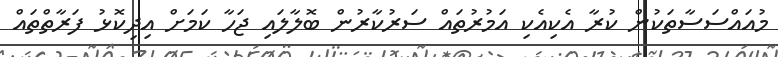
މުއައްސަސާތަކުން ކުރާ އެކިއެކި އަމުރުތައް ސަރުކާރުން ބޮލާލައި ޖަހާ ކަމަށް އިދިކޮޅު ފަރާތްތައް